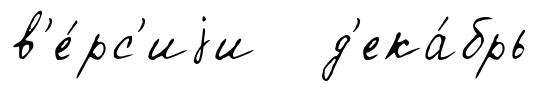
в'е́рс'иjи д'ека́брь